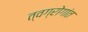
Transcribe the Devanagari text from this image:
त्वग्रोगांत